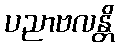
ပညာဗလန္တိ